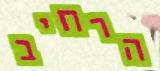
הרחיב